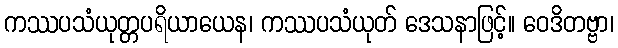
ကဿပသံယုတ္တပရိယာယေန၊ ကဿပသံယုတ် ဒေသနာဖြင့်။ ဝေဒိတဗ္ဗာ၊